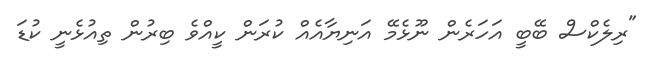
"ރިލެކްސް ބޭބީ އަހަރެން ނޫޅެމޭ އަނިޔާއެއް ކުރަން ކީއްވެ ބިރުން ތިއުޅެނީ ކުޑަ